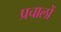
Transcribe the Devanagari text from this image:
प्रचालों